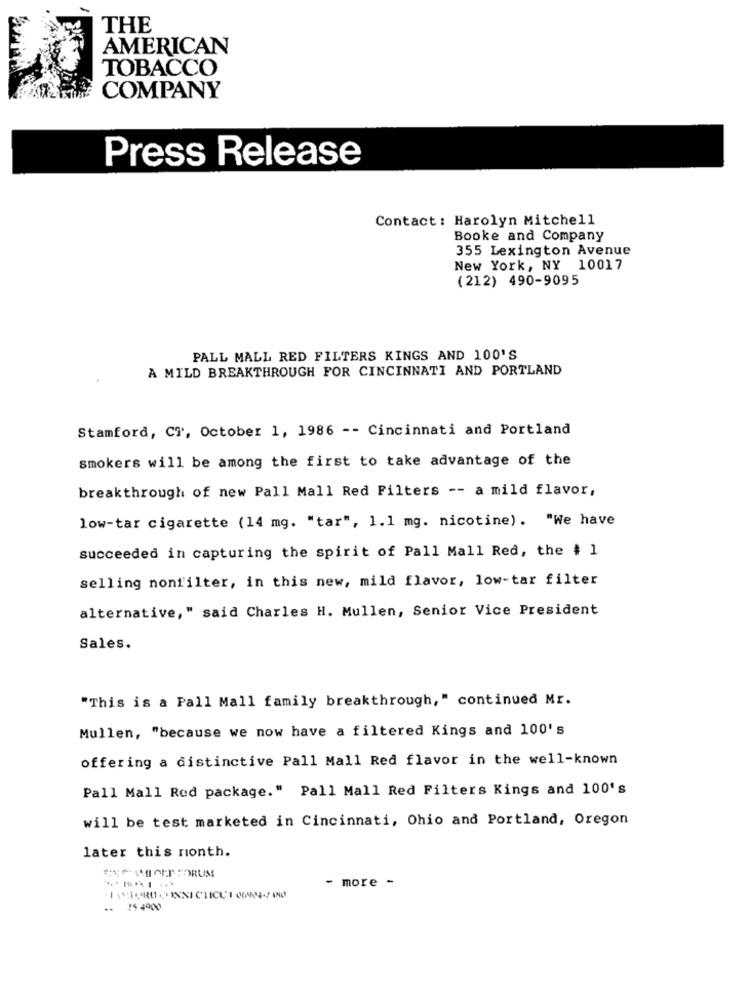
THE
AMERICAN
TOBACCO
COMPANY
Press Release
Contact : Harolyn Mitchell
Booke and Company
355 Lexington Avenue
New York, NY 10017
(212) 490-9095
PALL MALL RED FILTERS KINGS AND 100'S
A MILD BREAKTHROUGH FOR CINCINNATI AND PORTLAND
Stamford, CT, October 1, 1986 -- Cincinnati and Portland
smokers will be among the first to take advantage of the
breakthrough of new Pall Mall Red Filters -- a mild flavor,
low-tar cigarette (14 mg. "tar", 1.1 mg. nicotine). "We have
succeeded in capturing the spirit of Pall Mall Red, the # 1
selling nonfilter, in this new, mild flavor, low-tar filter
alternative," said Charles H. Mullen, Senior Vice President
Sales.
"This is a Pall Mall family breakthrough," continued Mr.
Mullen, "because we now have a filtered Kings and 100's
offering a distinctive Pall Mall Red flavor in the well-known
Pall Mall Red package." Pall Mall Red Filters Kings and 100's
will be test marketed in Cincinnati, Ohio and Portland, Oregon
later this ronth.
- more -
.INEURO.INNI CIICUI 00904-2 190
15 4900